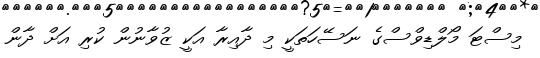
މިސްޓަ މޯލްޑިވްސްގެ ނަސޭހަތަކީ މި ދާއިރާ އަކީ ޒުވާނުން ކުރި އަށް ދާން